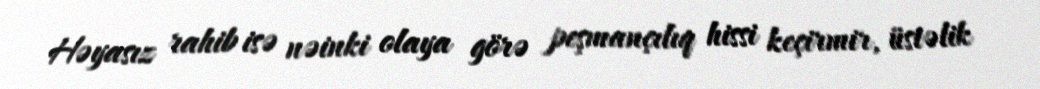
Həyasız rahib isə nəinki olaya görə peşmançılıq hissi keçirmir, üstəlik